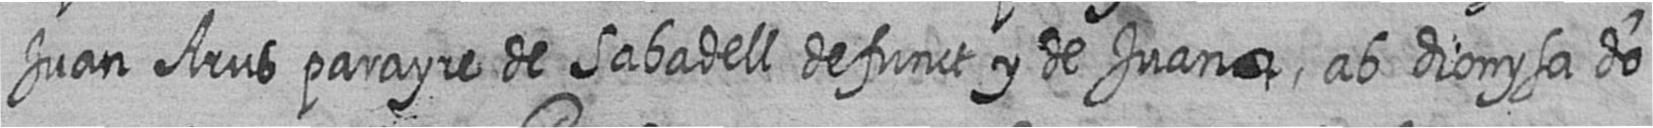
Juan Arus parayre de Sabadell defunct y de Juana ab dionysa do